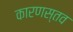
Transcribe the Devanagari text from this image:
कारणस्तव